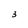
Character: 3